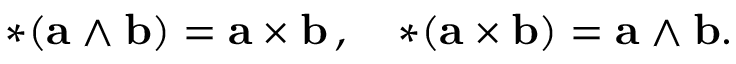
{ * ( \mathbf { a } \wedge \mathbf { b } ) } = \mathbf { a \times b } \, , \quad { * ( \mathbf { a \times b } ) } = \mathbf { a } \wedge \mathbf { b } .